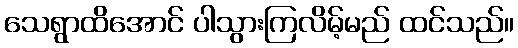
သေရွာထိအောင် ပါသွားကြလိမ့်မည် ထင်သည်။